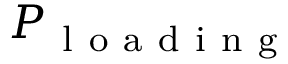
P _ { \mathrm { ~ l ~ o ~ a ~ d ~ i ~ n ~ g ~ } }